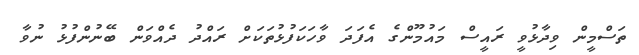
ތަސްމީން ވިދާޅުވީ ރައީސް މައުމޫންގެ އެފަދަ ވާހަކަފުޅުތަކަށް ރައްދު ދެއްވަން ބޭނުންފުޅު ނުވާ